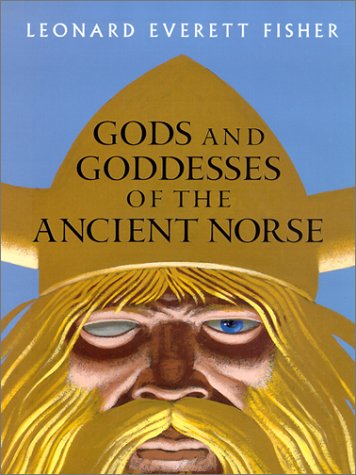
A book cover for Gods and Goddesses of the Ancient Norse; Leonard Everett Fisher; Children's Books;